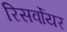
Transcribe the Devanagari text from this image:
रिसर्वोयर